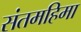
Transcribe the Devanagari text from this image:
संतमहिमा